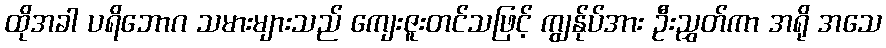
ထိုအခါ ပရိဘောဂ သမားများသည် ကျေးဇူးတင်သဖြင့် ကျွန်ုပ်အား ဦးညွှတ်ကာ အရို အသေ